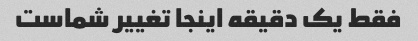
فقط یک دقیقه اینجا تغییر شماست